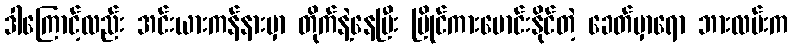
ဒါကြောင့်လည်း အင်းယားကန်နားမှာ တိုက်နဲ့နေပြီး ပြိုင်ကားမောင်းနိုင်တဲ့ ခေတ်မှာရော ဘားလမ်းက